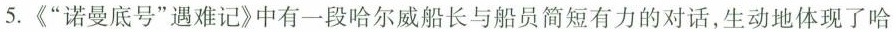
5.《”诺曼底号”遇难记》中有一段哈尔威船长与船员简短有力的对话，生动地体现了哈